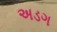
અડગ